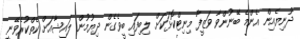
ދުނިޔެއިން އެންމެ ބޭނުންވާ ވަޒީފާ މިނިޓްކޮޅަކަށް ލިބިފައި ބީވެގެން ދިޔުމުން ލައިޝާއަށް ކެތްކުރެވޭނީ